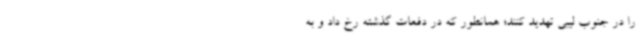
را در جنوب لیبی تهدید کنند؛ همانطور که در دفعات گذشته رخ داد و به